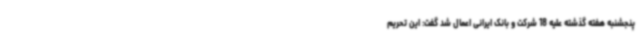
پنجشنبه هفته گذشته علیه 18 شرکت و بانک ایرانی اعمال شد گفت: این تحریم